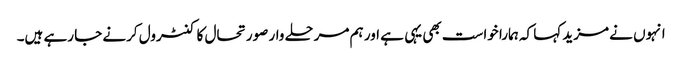
انہوں نے مزید کہا کہ ہمارا خواست بھی یہی ہے اور ہم مرحلے وار صورتحال کا کنٹرول کرنے جا رہے ہیں۔